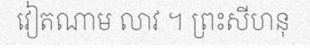
វៀតណាម លាវ ។ ព្រះសីហនុ